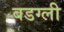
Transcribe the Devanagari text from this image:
बडग्ली